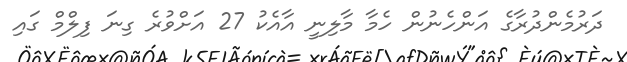
ދަރުމެންދުރާގެ އަންހެނުން ހެމާ މާލިނީ އާއެކު 27 އަށްވުރެ ގިނަ ފިލްމް ގައި